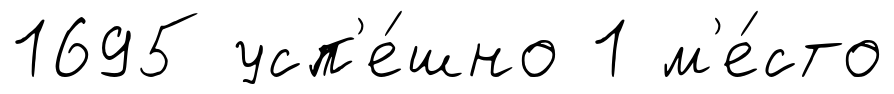
1695 усп'е́шно 1 м'е́сто